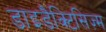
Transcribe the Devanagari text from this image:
डाइडैक्टिसिज़्म